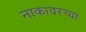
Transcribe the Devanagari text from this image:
नाकावरच्या